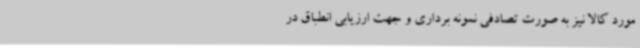
مورد کالا نیز به صورت تصادفی نمونه برداری و جهت ارزیابی انطباق در